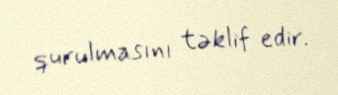
qurulmasını təklif edir.